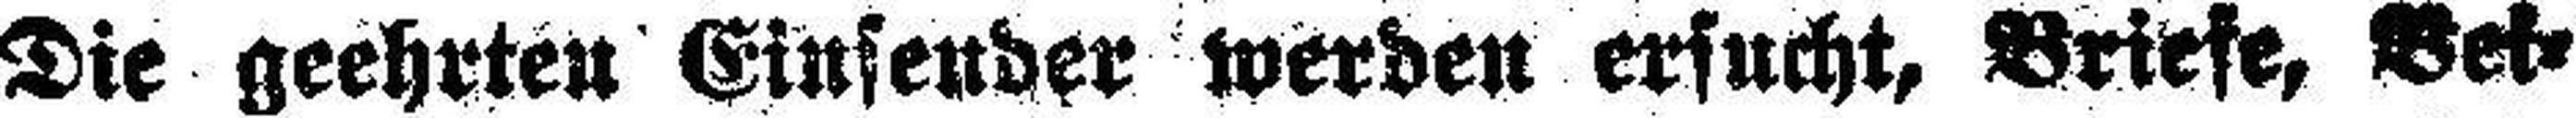
Die geehrten Einsender werden ersucht, Briefe, Bei¬